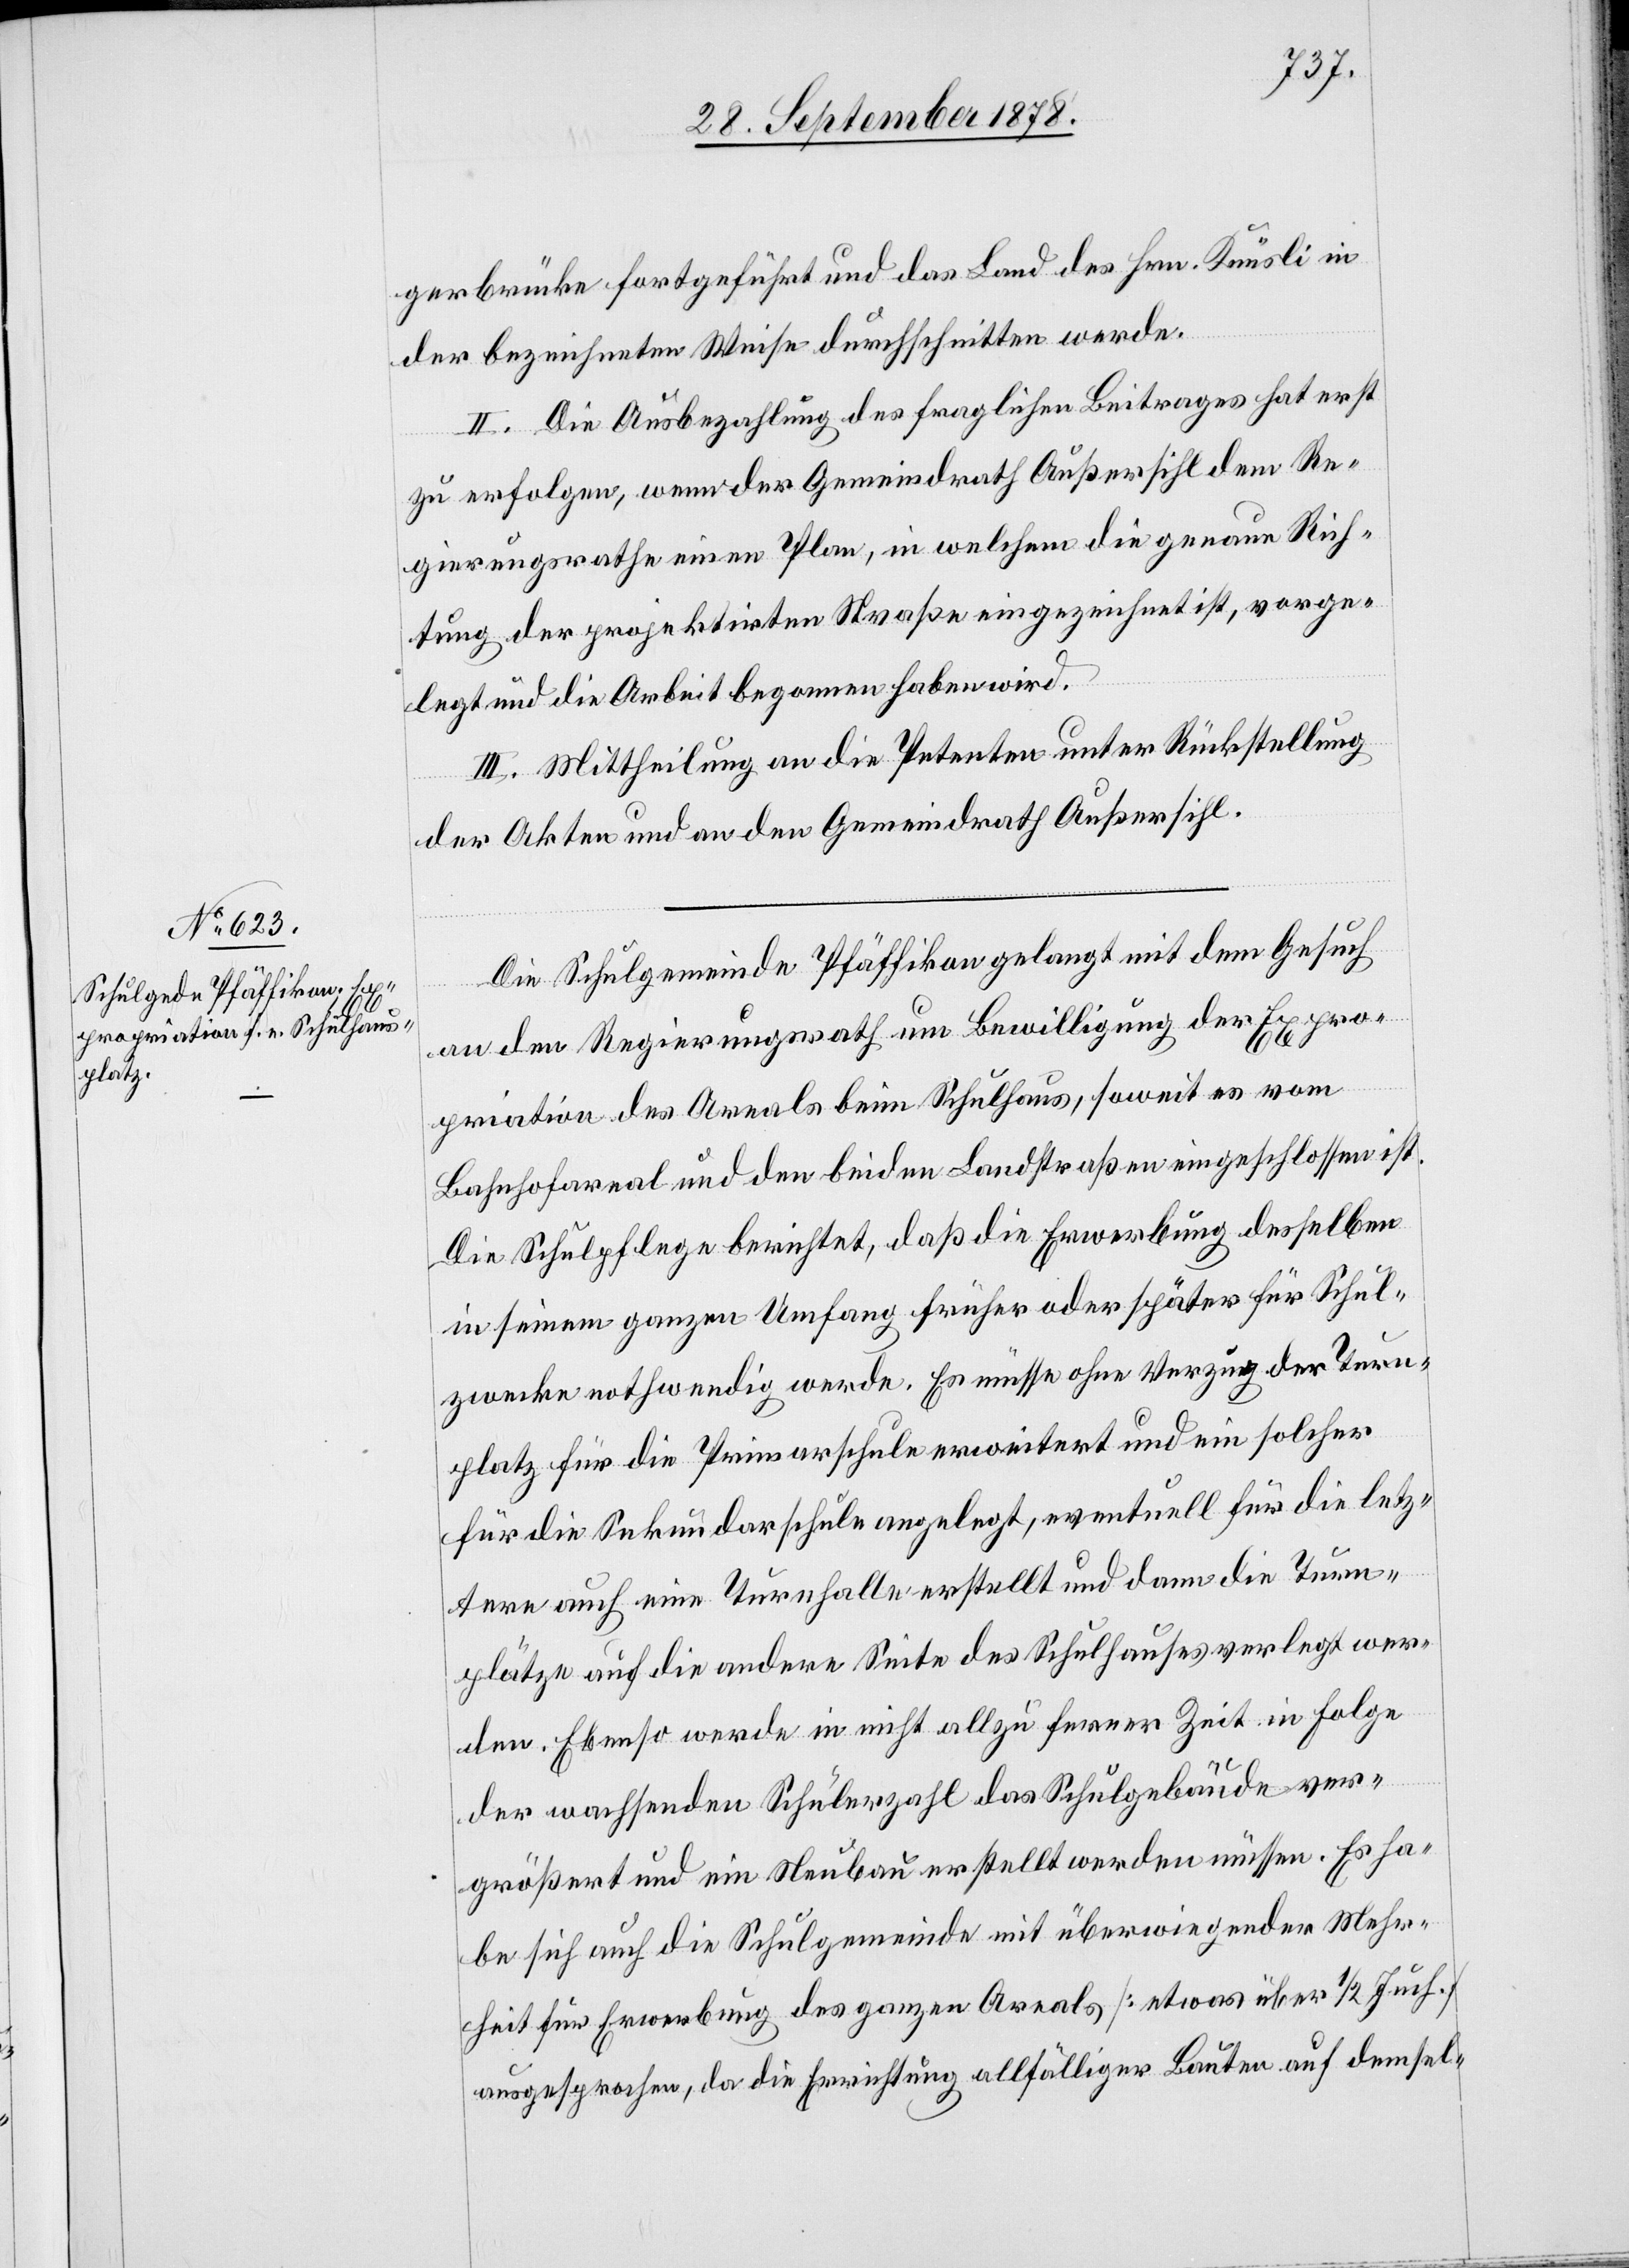
gerbrücke fortgeführt und das Land des Hrn. Knüsli in
der bezeichneten Weise durchschritten werde.
II. Die Ausbezahlung des fraglichen Beitrages hat erst
zu erfolgen, wenn der Gemeindrath Außersihl dem Re¬
gierungsrathe einen Plan, in welchem die genaue Rich¬
tung der projektirten Straße eingezeichnet ist, vorge¬
legt und die Arbeit begonnen haben wird.
III. Mittheilung an die Petenten unter Rückstellung
der Akten und an den Gemeindrath Außersihl.
Die Schulgemeinde Pfäffikon gelangt mit dem Gesuch
an den Regierungsrath um Bewilligung der Expro¬
priation des Areals beim Schulhaus, soweit es vom
Bahnhofareal und den beiden Landstraßen eingeschlossen ist.
Die Schulpflege berichtet, daß die Erwerbung desselben
in seinem ganzen Umfang früher oder später für Schul¬
zwecke nothwendig werde. Es müsse ohne Verzug der Turn¬
platz für die Primarschule erweitert und ein solcher
für die Sekundarschule angelegt, eventuell für die letz¬
tere auch eine Turnhalle erstellt und dann die Turn¬
plätze auf die andere Seite des Schulhauses verlegt wer¬
den. Ebenso werde in nicht allzu ferner Zeit in Folge
der wachsenden Schülerzahl das Schulgebäude ver¬
größert und ein Neubau erstellt werden müssen. Es ha¬
be sich auch die Schulgemeinde mit überwiegender Mehr¬
heit für Erwerbung des ganzen Areals [etwas über 1/2 Juch.]
ausgesprochen, da die Errichtung allfälliger Bauten auf demsel-